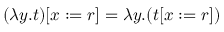
( \lambda y . t ) [ x : = r ] = \lambda y . ( t [ x : = r ] )